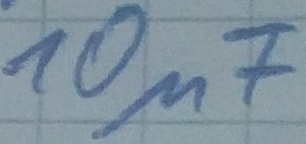
Text: 10µF